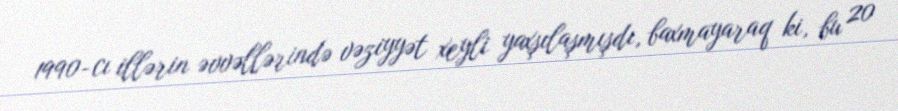
1990-cı illərin əvvəllərində vəziyyət xeyli yaxşılaşmışdı, baxmayaraq ki, bu 20